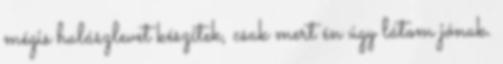
mégis halászlevet készítek, csak mert én úgy látom jónak.